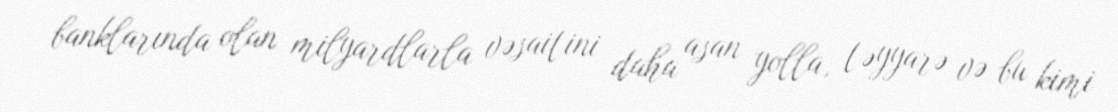
banklarında olan milyardlarla vəsaitini daha asan yolla, təyyarə və bu kimi